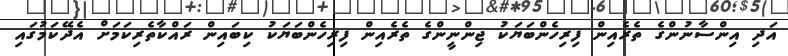
އަދި އިންސާނުންގެ ތެރެއިން ފިރިހެންބަޔަކު ޖިންނީންގެ ތެރެއިން ފިރިހެންބަޔަކު ކިބައިން ރައްކާތެރިކަމަށް އެދޭކަމުގައި